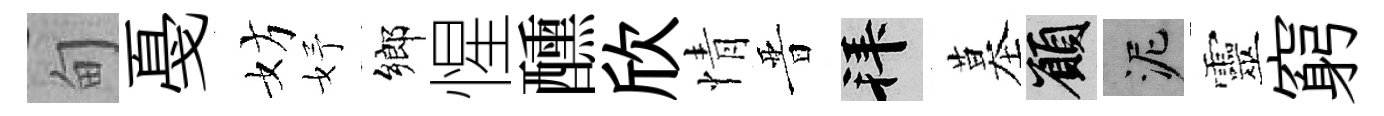
甸戞妨妤鄉惺醺欣情晋拜墓願泥靈窮